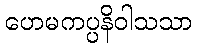
ဟေမကပ္ပနိဝါသသာ